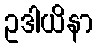
ဥဒါယိနာ